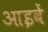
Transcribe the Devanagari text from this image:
आइवें